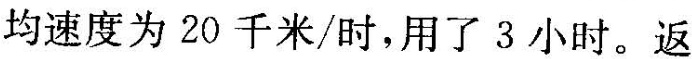
均速度为20千米/时，用了3小时。返